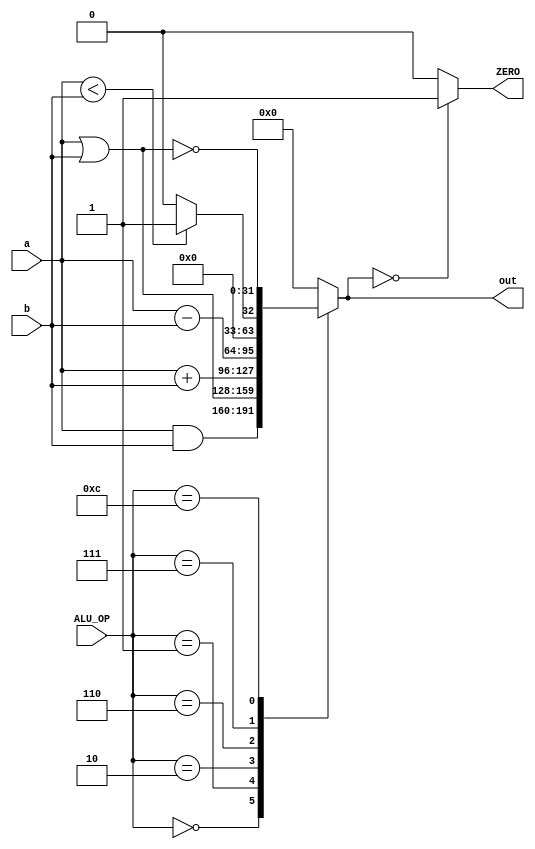
`timescale 1ns / 1ps

module Alu(
    input [31:0] a, 
    input [31:0] b, 
    input [3:0] ALU_OP,
    output reg ZERO,
    output reg [31:0] out);
    
    always@(a or b or ALU_OP)
        begin
            ZERO = 0;
            case(ALU_OP)
                4'b0000: out = a & b; // a AND b
                4'b0001: out = a | b; // a OR b
                4'b0010: out = a + b;
                // adauga comanda pentru BEQ
                4'b0110: out = a - b;
                4'b0111: out = a < b ? 1 : 0; // SLT (set if less than)
                4'b1100: out = ~(a | b);  // a NOR b
                default: out = 0;
            endcase
            if(out==0)
                ZERO = 1;
        end
endmodule